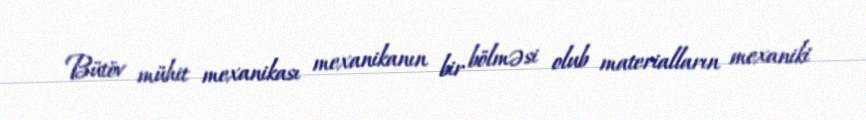
Bütöv mühit mexanikası mexanikanın bir bölməsi olub materialların mexaniki